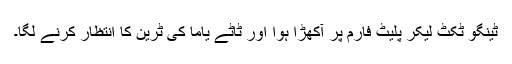
ٹینگو ٹکٹ لیکر پلیٹ فارم پر آکھڑا ہوا اور ٹاٹے یاما کی ٹرین کا انتظار کرنے لگا۔